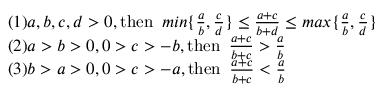
\begin{array} { r l } & { ( 1 ) a , b , c , d > 0 , \operatorname { t h e n } \ m i n \{ \frac { a } { b } , \frac { c } { d } \} \leq \frac { a + c } { b + d } \leq m a x \{ \frac { a } { b } , \frac { c } { d } \} } \\ & { ( 2 ) a > b > 0 , 0 > c > - b , \operatorname { t h e n } \ \frac { a + c } { b + c } > \frac { a } { b } } \\ & { ( 3 ) b > a > 0 , 0 > c > - a , \operatorname { t h e n } \ \frac { a + c } { b + c } < \frac { a } { b } } \end{array}